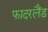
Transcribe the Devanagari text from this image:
फादरलैंड